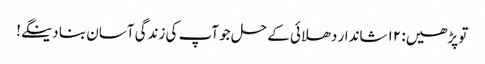
تو پڑھیں: ۱۲ شاندار دھلائی کے حل جو آپ کی زندگی آسان بنا دینگے!